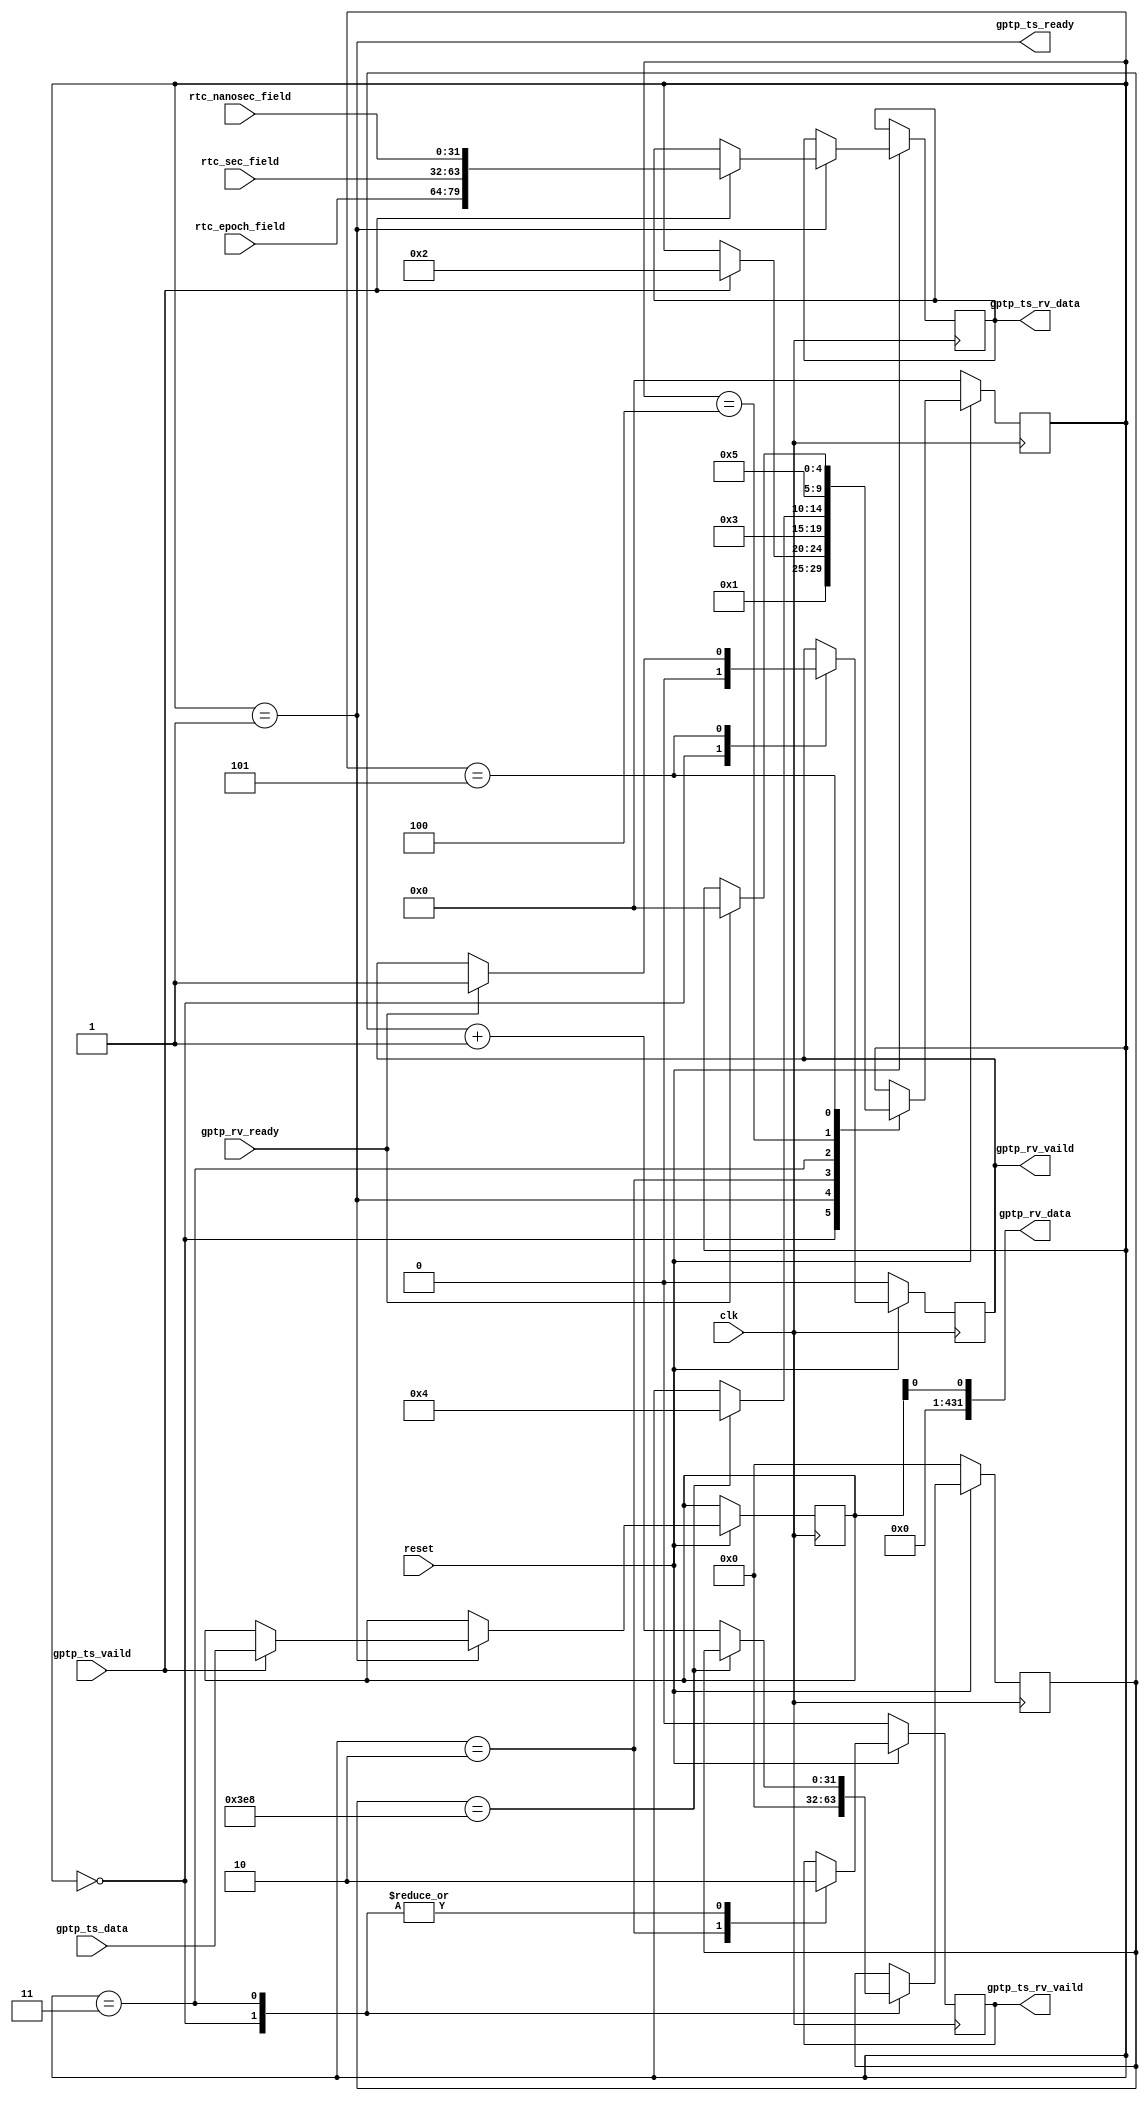
module rv2send(
input clk,
input reset,//?

//rx
output [431:0] gptp_rv_data,//fifo?
output reg gptp_rv_vaild,
input gptp_rv_ready,//ready?

//tx
input gptp_ts_vaild,
output gptp_ts_ready,
input [351:0] gptp_ts_data,
///?
output reg gptp_ts_rv_vaild,
output  [79:0] gptp_ts_rv_data,

//rtc
input [31:0]                        rtc_nanosec_field,
input [31:0]                        rtc_sec_field,
input [15:0]                        rtc_epoch_field
);


reg [79:0] send_t;
reg [79:0] rv_t;

reg [4:0] state;

reg [351:0] frame;
reg [31:0] wait_cnt;
wire [31:0] wait_cnt_max=32'd1000;
localparam idle=5'd0;
localparam rv=5'd1;
localparam rv2=5'd2;
localparam wait_1ms=5'd3;
localparam send=5'd4;
localparam send2=5'd5;
always @(posedge clk)
begin
 if(~reset) begin
  state<=0;
  gptp_ts_rv_vaild<=1'b0;
  wait_cnt<=32'b0;
  gptp_rv_vaild<=1'b0;
 end
 else begin
  case(state)
   idle:begin
	 state<=rv;
	 gptp_ts_rv_vaild<=1'b0;
	 wait_cnt<=32'b0;
	 gptp_rv_vaild<=1'b0;
	end
	
	rv:begin
	 if(gptp_ts_vaild) begin
	  frame<=gptp_ts_data;
	  state<=rv2;
	  send_t<={rtc_epoch_field,rtc_sec_field,rtc_nanosec_field};
	 end
	end
	
	rv2:begin
	 gptp_ts_rv_vaild<=1'b1;
	 state<=wait_1ms;
	end
  
  
   wait_1ms:begin
	 gptp_ts_rv_vaild<=1'b0;
	 if(wait_cnt==wait_cnt_max) begin
	  state<=send;
	 end
	 else begin
	  wait_cnt<=wait_cnt+32'b1;
	 end
	end
	
	send:begin
	 rv_t<={rtc_epoch_field,rtc_sec_field,rtc_nanosec_field};
	 state<=send2;
	end
	
	send2:begin
	 if(gptp_rv_ready) begin
	  gptp_rv_vaild<=1'b1;
	  state<=idle;
	 end
	end
  endcase
 end
end

assign gptp_ts_rv_data=send_t;
assign gptp_ts_ready=(state==rv);
assign send_frame={rv_t,frame};
assign gptp_rv_data=send_frame;
endmodule